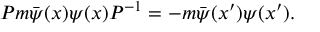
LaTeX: { \cal { P } } m \bar { \psi } ( x ) \psi ( x ) { \cal { P } } ^ { - 1 } = - m \bar { \psi } ( x ^ { \prime } ) \psi ( x ^ { \prime } ) .